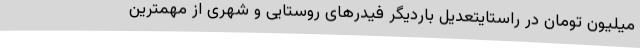
میلیون تومان در راستایتعدیل باردیگر فیدرهای روستایی و شهری از مهمترین